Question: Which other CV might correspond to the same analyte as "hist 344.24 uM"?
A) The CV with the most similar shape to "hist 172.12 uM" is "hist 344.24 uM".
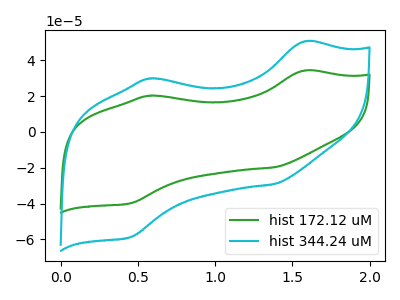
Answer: <think>The green curve "hist 172.12 uM" has anodic peaks at (1.60V, 34.25uA) (0.60V, 20.20uA) and cathodic peaks at (1.40V, -19.80uA) (0.45V, -39.85uA). The cyan curve "hist 344.24 uM" has anodic peaks at (1.60V, 50.50uA) (0.60V, 29.80uA) and cathodic peaks at (1.40V, -29.20uA) (0.45V, -58.80uA).
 All the peaks in "hist 172.12 uM" have a peak in "hist 344.24 uM" at the same potential. Every peak in "hist 172.12 uM" is lower than every peak in "hist 344.24 uM".</think>
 <answer>A) The CV with the most similar shape to "hist 172.12 uM" is "hist 344.24 uM".</answer>
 <eval>A</eval>